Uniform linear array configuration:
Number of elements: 24
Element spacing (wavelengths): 0.5
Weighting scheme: cosine
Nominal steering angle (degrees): -45
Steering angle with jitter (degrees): -44.019
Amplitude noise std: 0.05
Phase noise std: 0.05

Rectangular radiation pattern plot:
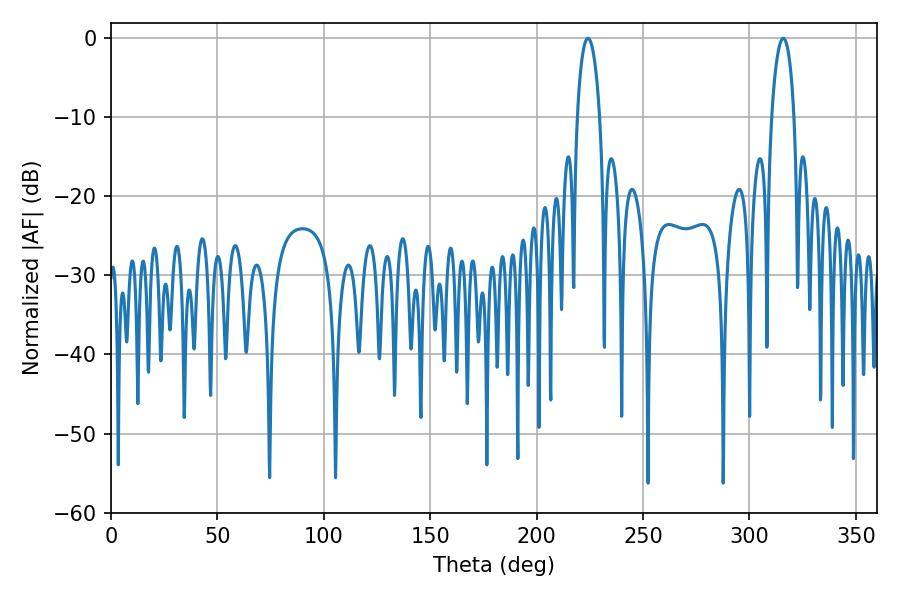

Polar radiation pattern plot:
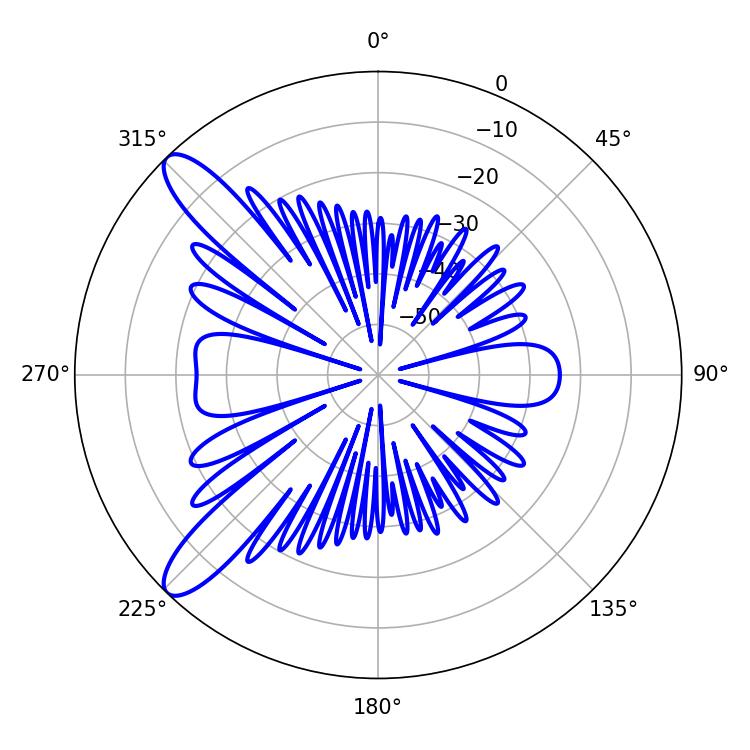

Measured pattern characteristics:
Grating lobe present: FALSE
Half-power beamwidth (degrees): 5.94
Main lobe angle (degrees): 224.1